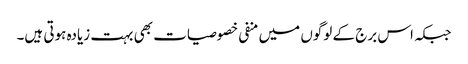
جبکہ اس برج کے لوگوں میں منفی خصوصیات بھی بہت زیادہ ہوتی ہیں۔